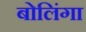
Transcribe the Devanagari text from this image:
बोलिंगा